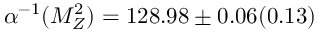
\alpha ^ { - 1 } ( M _ { Z } ^ { 2 } ) = 1 2 8 . 9 8 \pm 0 . 0 6 ( 0 . 1 3 )